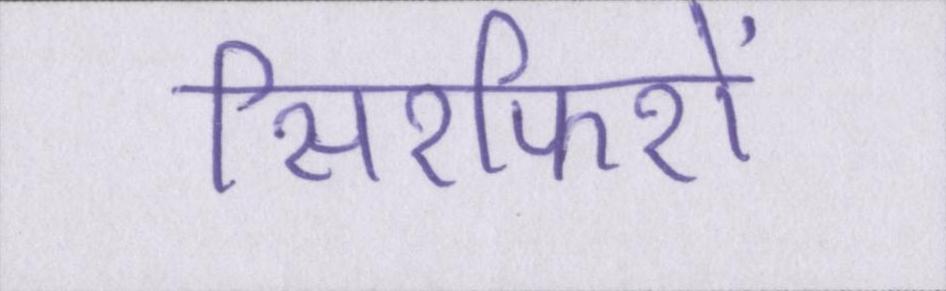
सिरफिरों